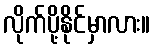
လိုက်ပို့နိုင်မှာလား။